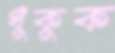
ধুঁকুক